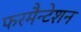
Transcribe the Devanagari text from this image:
फरमैन्टेशन